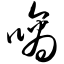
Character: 嘀